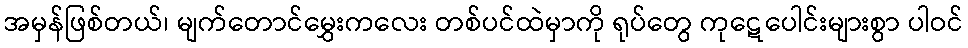
အမှန်ဖြစ်တယ်၊ မျက်တောင်မွှေးကလေး တစ်ပင်ထဲမှာကို ရုပ်တွေ ကုဋေပေါင်းများစွာ ပါဝင်